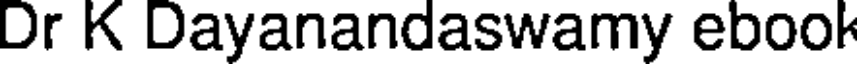
Dr K Dayanandaswamy ebook